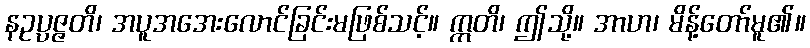
နဥပ္ပဇ္ဇတိ၊ အပူအအေးလောင်ခြင်းမဖြစ်သင့်။ ဣတိ၊ ဤသို့။ အာဟ၊ မိန့်တော်မူ၏။